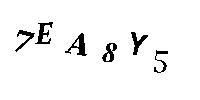
7EA8Y5